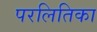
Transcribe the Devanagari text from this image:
परलितिका